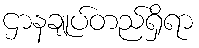
ဌာနချုပ်တည်ရှိရာ